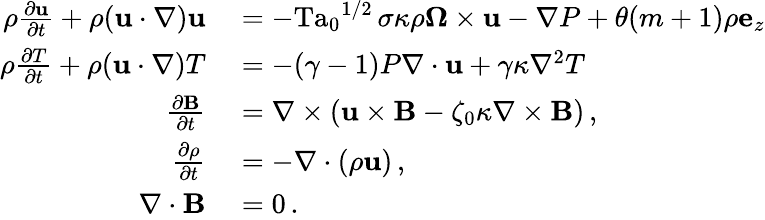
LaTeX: \begin{array}{rl}{\rho\frac{\partial\mathbf{u}}{\partial t}+\rho(\mathbf{u}\cdot\nabla)\mathbf{u}}&{{}=-{\mathrm{Ta}_{0}}^{1/2}\, \sigma\kappa\rho\boldsymbol{\Omega}\times\mathbf{u}-\nabla P+\theta(m+1)\rho\mathbf{e}_{z}}\\ {\rho\frac{\partial T}{\partial t}+\rho(\mathbf{u}\cdot\nabla)T}&{{}=-(\gamma-1)P\nabla\cdot\mathbf{u}+\gamma\kappa\nabla^{2}T}\\ {\frac{\partial\mathbf{B}}{\partial t}}&{{}=\nabla\times(\mathbf{u}\times\mathbf{B}-\zeta_{0}\kappa\nabla\times\mathbf{B})\, ,}\\ {\frac{\partial\rho}{\partial t}}&{{}=-\nabla\cdot(\rho\mathbf{u})\, ,}\\ {\nabla\cdot\mathbf{B}}&{{}=0\, .}\end{array}